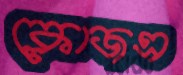
ক্লোজএ